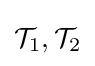
{\mathcal {T}}_{1},{\mathcal {T}}_{2}